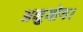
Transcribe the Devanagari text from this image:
अनुयोग।